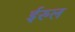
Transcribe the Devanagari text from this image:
ईरुल